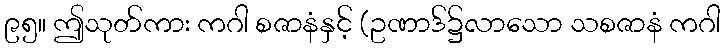
၉၅။ ဤသုတ်ကား ကဂါ စဇာနံနှင့် (ဥဏာဒ်၌လာသော သစဇာနံ ကဂါ